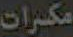
مکرات